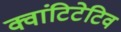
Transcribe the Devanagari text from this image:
क्वांटिटेटिव